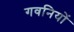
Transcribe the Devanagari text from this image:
गवनियों